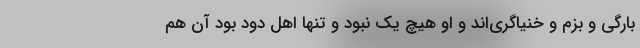
بارگی و بزم و خنیاگری‌اند و او هیچ یک نبود و تنها اهل دود بود آن هم